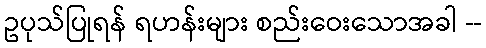
ဥပုသ်ပြုရန် ရဟန်းများ စည်းဝေးသောအခါ --